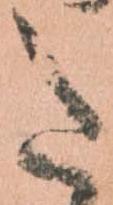
た